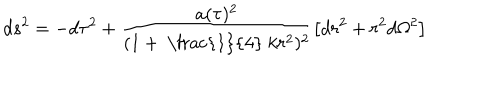
LaTeX: d s ^ { 2 } = - d \tau ^ { 2 } + \frac { a ( \tau ) ^ { 2 } } { ( 1 + \mathrm { ~ \frac { 1 } { 4 } ~ } k r ^ { 2 } ) ^ { 2 } } \left[ d r ^ { 2 } + r ^ { 2 } d \Omega ^ { 2 } \right]